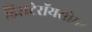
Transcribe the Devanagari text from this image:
डिसटेरॉयसोमर